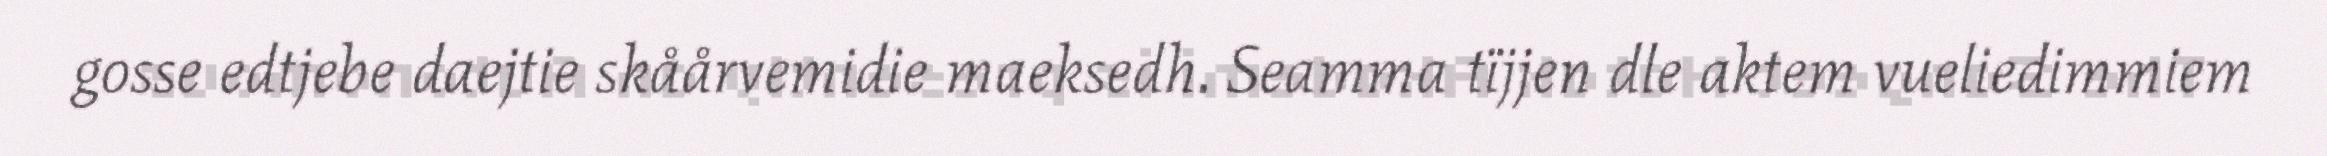
gosse edtjebe daejtie skåårvemidie maeksedh. Seamma tïjjen dle aktem vueliedimmiem